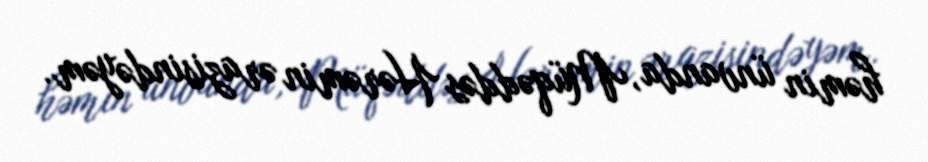
həmin ünvanda, Müqəddəs Hərəmin ərazisindəyəm.